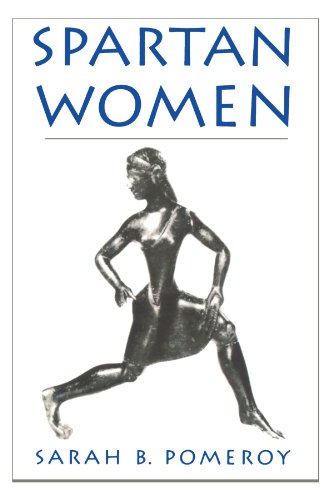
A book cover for Spartan Women; Sarah B. Pomeroy; History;